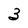
Character: 3